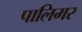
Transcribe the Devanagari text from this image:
पालिमर